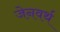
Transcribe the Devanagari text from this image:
जेनवर्थ